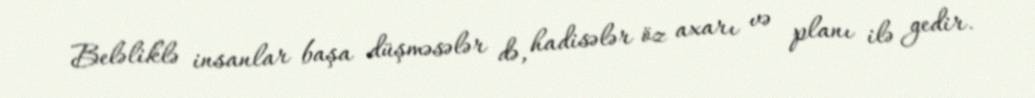
Beləliklə insanlar başa düşməsələr də, hadisələr öz axarı və planı ilə gedir.